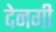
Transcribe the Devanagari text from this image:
देनगी